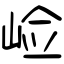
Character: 崄